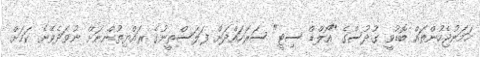
ހަމަނުޖެހުންތައް ބޮޑުވީ ގުދުސްގެ "އޯލްޑް ސިޓީ" ސަރަހައްދަށް ފަލަސްތީނުގެ ރައްޔިތުންނަށް ނުވަދެވޭނެ ކަމަށް